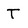
Character: T